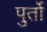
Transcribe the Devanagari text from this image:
पुर्तो